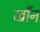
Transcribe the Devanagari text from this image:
खाँन